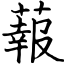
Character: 蕔